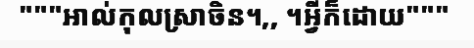
"""អាល់កុលស្រាចិន។,, ។អ្វីក៏ដោយ"""